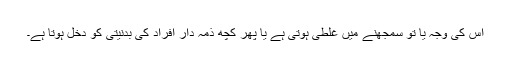
اس کی وجہ یا تو سمجھنے میں غلطی ہوتی ہے یا پھر کچھ ذمہ دار افراد کی بدنیتی کو دخل ہوتا ہے۔